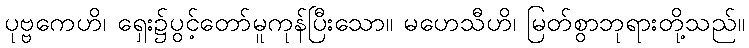
ပုဗ္ဗကေဟိ၊ ရှေး၌ပွင့်တော်မူကုန်ပြီးသော။ မဟေသီဟိ၊ မြတ်စွာဘုရားတို့သည်။